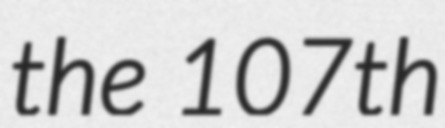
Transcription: the 107th